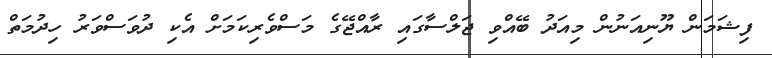
ފިޝަމަން ޔޫނިއަނުން މިއަދު ބޭއްވި ޖަލްސާގައި ރާއްޖޭގެ މަސްވެރިކަމަށް އެކި ދުވަސްވަރު ހިދުމަތް